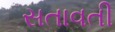
સતાવતી